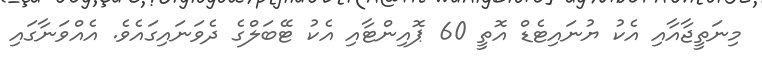
މިނަތީޖާއާއި އެކު ޔުނައިޓެޑް އޮތީ 60 ޕޮއިންޓާއި އެކު ޓޭބަލްގެ ދެވަނައިގައެވެ. އެއްވަނާގައި